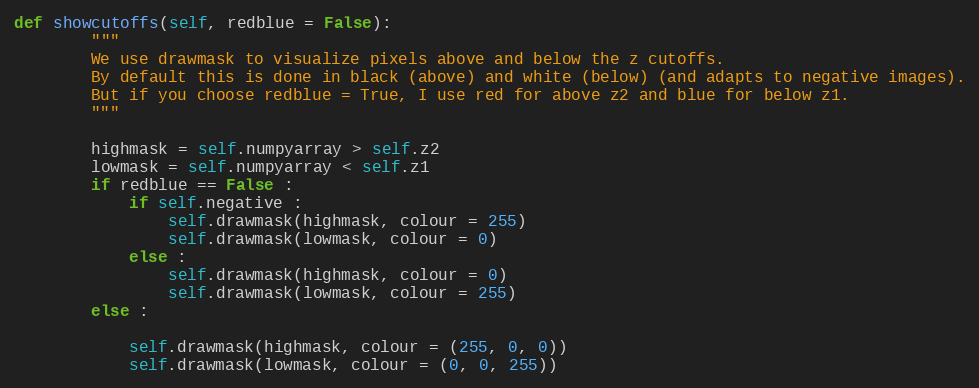
Language: Python
def showcutoffs(self, redblue = False):
        """
        We use drawmask to visualize pixels above and below the z cutoffs.
        By default this is done in black (above) and white (below) (and adapts to negative images).
        But if you choose redblue = True, I use red for above z2 and blue for below z1.
        """

        highmask = self.numpyarray > self.z2
        lowmask = self.numpyarray < self.z1
        if redblue == False :
            if self.negative :
                self.drawmask(highmask, colour = 255)
                self.drawmask(lowmask, colour = 0)
            else :
                self.drawmask(highmask, colour = 0)
                self.drawmask(lowmask, colour = 255)
        else :

            self.drawmask(highmask, colour = (255, 0, 0))
            self.drawmask(lowmask, colour = (0, 0, 255))